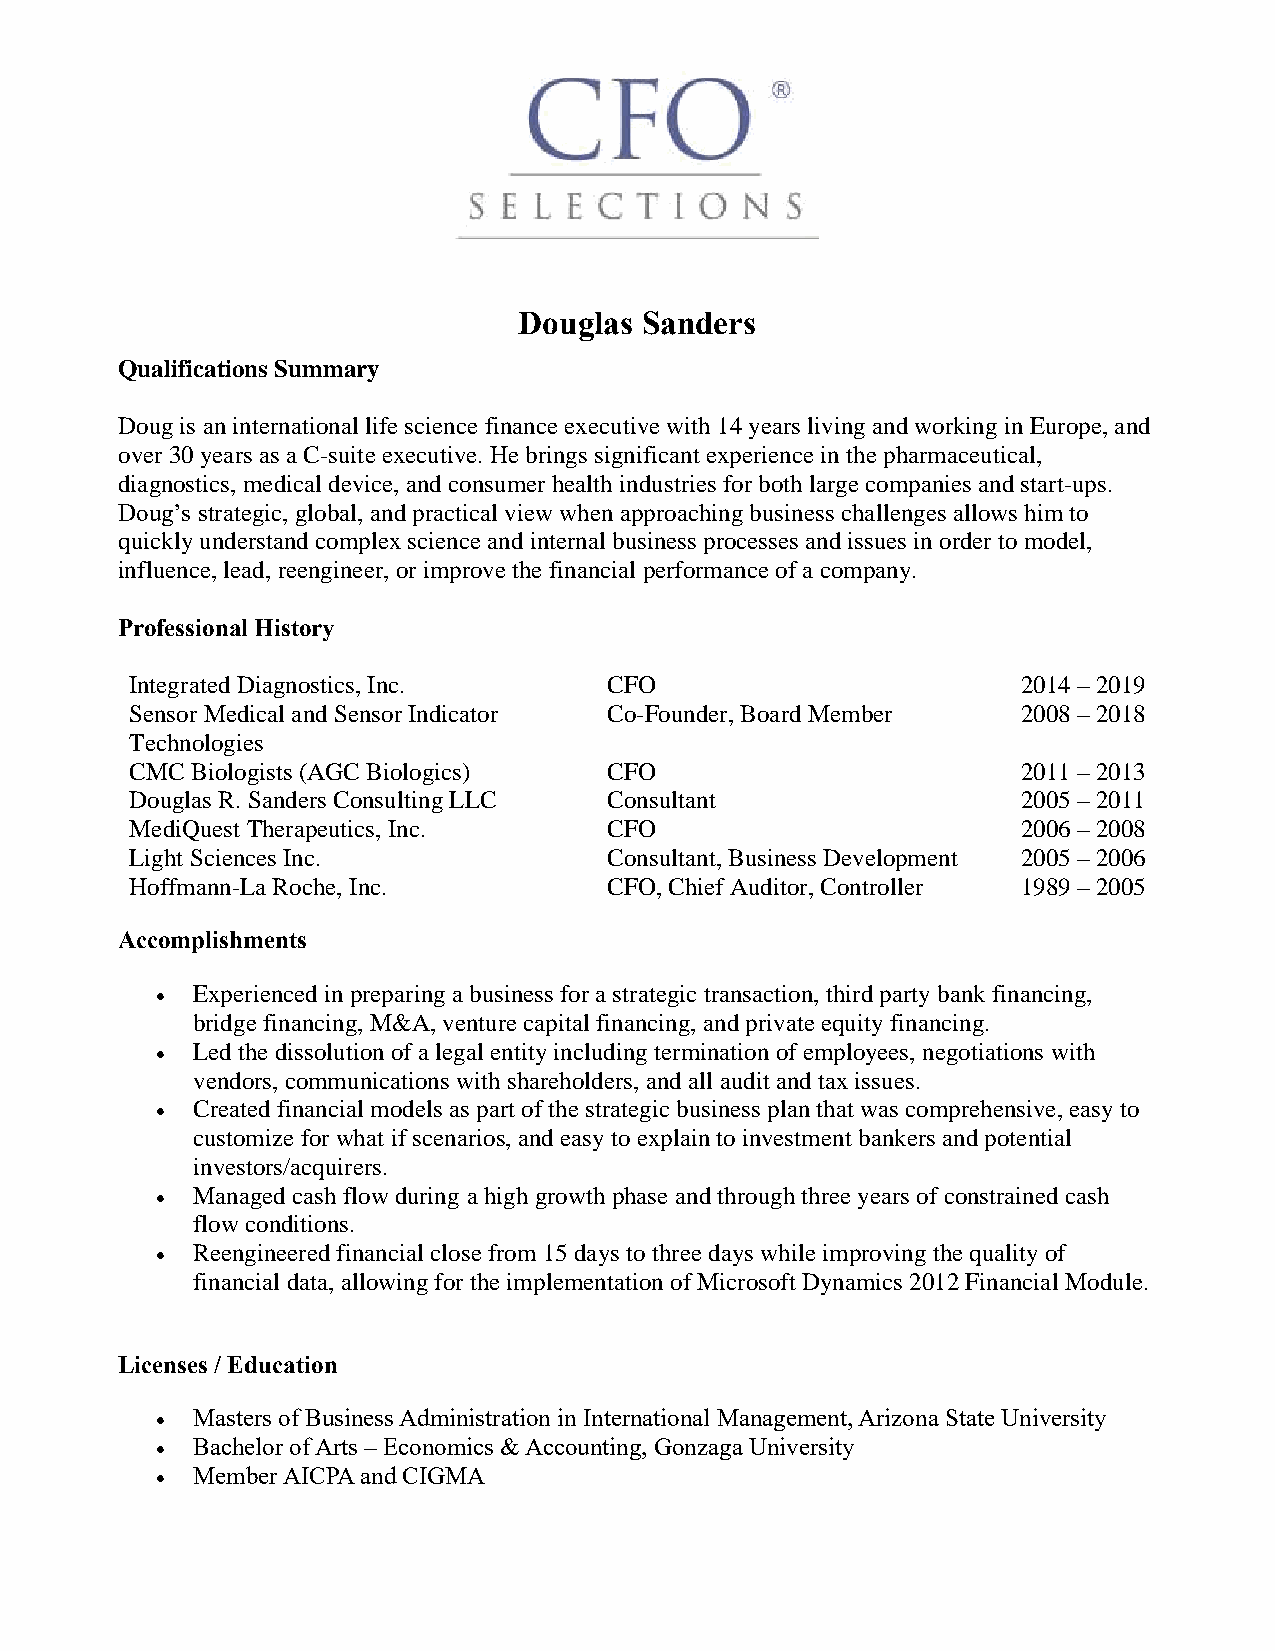
Douglas Sanders
 Qualifications Summary
 Doug is an international life science finance executive with 14 years living and working in Europe, and
 over 30 years as a C-suite executive. He brings significant experience in the pharmaceutical,
 diagnostics, medical device, and consumer health industries for both large companies and start-ups.
 Doug’s strategic, global, and practical view when approaching business challenges allows him to
 quickly understand complex science and internal business processes and issues in order to model,
 influence, lead, reengineer, or improve the financial performance of a company.
 Professional History
 Integrated Diagnostics, Inc.   CFO                         2014 – 2019
 Sensor Medical and Sensor Indicator Co-Founder, Board Member 2008 – 2018
 Technologies
 CMC Biologists (AGC Biologics) CFO                         2011 – 2013
 Douglas R. Sanders Consulting LLC Consultant               2005 – 2011
 MediQuest Therapeutics, Inc.   CFO                         2006 – 2008
 Light Sciences Inc.            Consultant, Business Development 2005 – 2006
 Hoffmann-La Roche, Inc.        CFO, Chief Auditor, Controller 1989 – 2005
 Accomplishments
 •  Experienced in preparing a business for a strategic transaction, third party bank financing,
 bridge financing, M&A, venture capital financing, and private equity financing.
 •  Led the dissolution of a legal entity including termination of employees, negotiations with
 vendors, communications with shareholders, and all audit and tax issues.
 •  Created financial models as part of the strategic business plan that was comprehensive, easy to
 customize for what if scenarios, and easy to explain to investment bankers and potential
 investors/acquirers.
 •  Managed cash flow during a high growth phase and through three years of constrained cash
 flow conditions.
 •  Reengineered financial close from 15 days to three days while improving the quality of
 financial data, allowing for the implementation of Microsoft Dynamics 2012 Financial Module.
 Licenses / Education
 •  Masters of Business Administration in International Management, Arizona State University
 •  Bachelor of Arts – Economics & Accounting, Gonzaga University
 •  Member AICPA and CIGMA